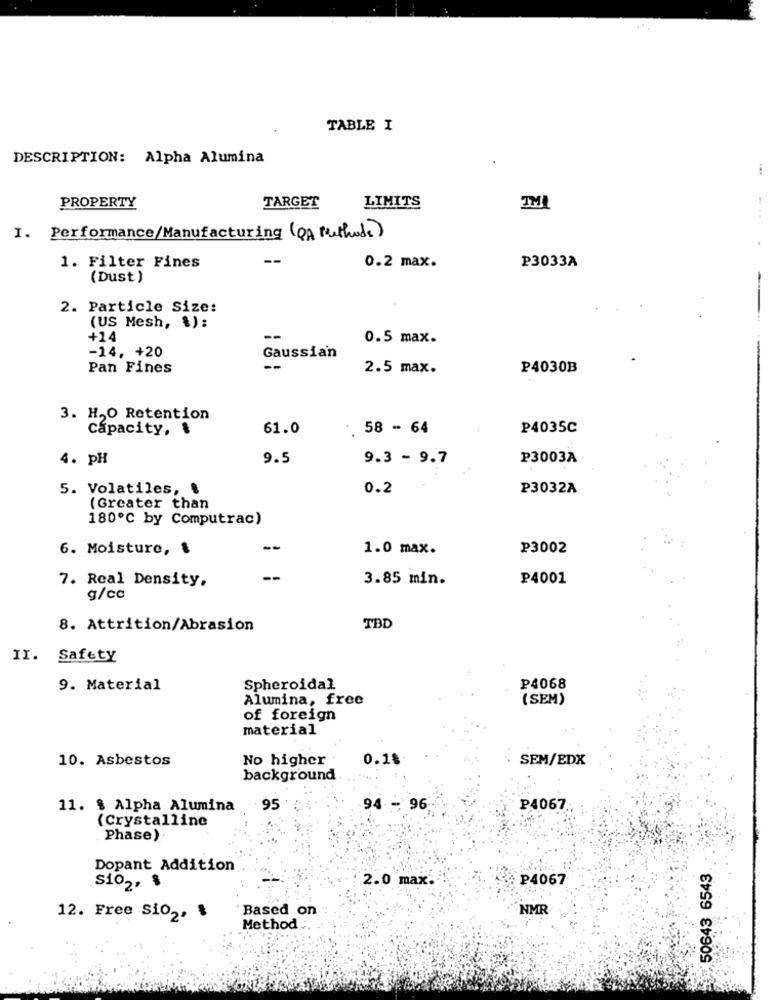
TABLE I
DESCRIPTION: Alpha Alumina
LIMITS
PROPERTY
TARGET
TM
1. Performance/Manufacturing (QA Methods)
1. Filter Fines
0.2 max.
P3033A
(Dust )
-
2. Particle Size:
(US Mesh, %):
+14
--
0.5 max.
-14. +20
Gaussian
Pan Fines
--
2.5 max.
P4030B
3. H.O Retention
Capacity, $
61.0
-. 58 - 64
P4035C
4. pH
9.5
9.3 - 9.7
P3003A
5. Volatiles, $
0.2
P3032A
(Greater than
180℃ by Computrac)
6. Moisture, &
--
1.0 max.
P3002
7. Real Density,
--
3.85 min.
P4001
g/cc
8. Attrition/Abrasion
TBD
II. Safety
9. Material
Spheroidal
P4068
Alumina, free
(SEM)
of foreign
material
10. Asbestos
No higher
0.1%
SEM/EDX
background
11. $ Alpha Alumina
. 95
94- 96
P4067.
(Crystalline
Phase)
Dopant Addition
50643 6543
2.0 max.
₽4067
sio2. $
Based on
NMR
12. Free Sio2, $
Method: